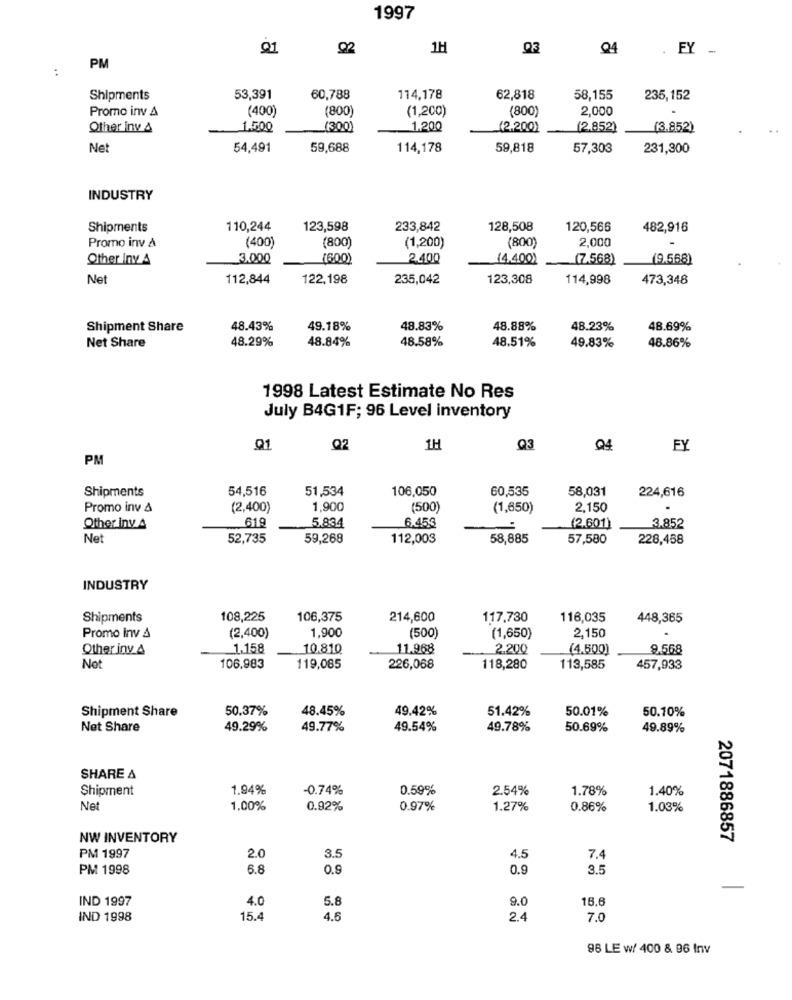
1997
Q1
02
1H
Q3
Q4
. FY -
PM
Shipments
53,391
60,788
114,178
62,818
58,155
235,152
Promo inv A
(400)
(800
(1,200)
(800)
2,000
Other inv &
1.500
(300)
1.200
(2.200)
(2.852)
(3.852)
Ne
54,491
59,688
114,178
59,818
57,303
231,300
INDUSTRY
Shipments
110,244
123,598
233,842
128,508
120,566
482,916
Promo inv &
(400)
(800)
2,000
(800)
(1,200)
Other Inv 4
3.000
(600)
2.400
(4.400)
(7.568)
(9.568)
Net
112,844
122,198
235,042
123,308
114,998
473,348
Shipment Share
48.43%
49.18%
48.83%
48.88%
48.23%
48.69%
48.29%
48.84%
48.58%
48.51%
Net Share
49.83%
48.86%
1998 Latest Estimate No Res
July B4G1F; 96 Level inventory
Q1
Q2
1H
Q3
Q4
FY
PM
Shipments
54,516
51,534
106,050
60,535
58,031
224,616
Promo inv &
(2,400)
1,900
(500)
(1,650)
2,150
619
5.834
Other inv. 4
6.453
(2.601)
3.852
Net
52,735
59,268
112,003
58,885
57,580
228,458
INDUSTRY
Shipments
108,225
106,375
214,600
117,730
116,035
448,365
1,900
Promo inv &
(2,400)
(500)
(1,650)
2,150
Other inv &
1.158
10.810
11.968
2.200
(4.500)
9.568
Not
106,983
119,085
226,068
118,280
113,585
457,933
Shipment Share
50.37%
48.45%
49.42%
51.42%
50.01%
50.10%
Net Share
49.29%
49.77%
49.54%
49.78%
50.69%
49.89%
SHARE A
Shipment
1.94%
-0.74%
0.59%
2.54%
1.78%
1.40%
Net
1.00%
0.92%
0.97%
1.27%
0.86%
1.03%
NW INVENTORY
2071886857
3.5
PM 1997
2.0
4.5
7.4
PM 1998
6.8
0.9
0.9
3.5
IND 1997
4.0
5.8
9.0
18,6
IND 1998
15.4
4.6
2.4
7.0
96 LE w/ 400 & 96 Inv